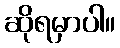
ဆိုရမှာပါ။